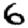
Digit: 6